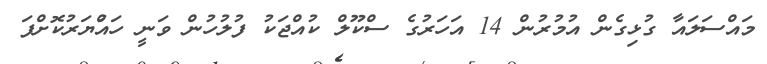
މައްސަލައާ ގުޅިގެން އުމުރުން 14 އަހަރުގެ ސްކޫލް ކުއްޖަކު ފުލުހުން ވަނީ ހައްުޔަރުކޮށްފަ